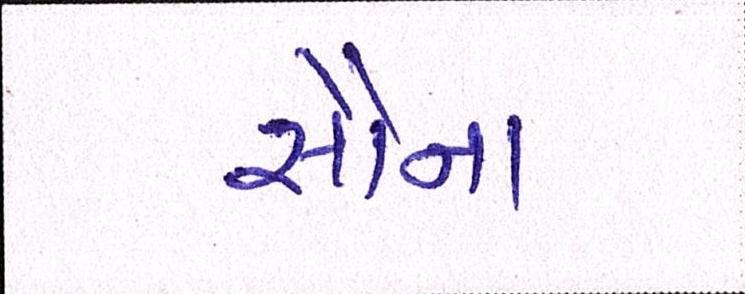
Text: સૌના